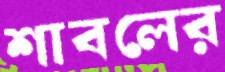
শাবলের